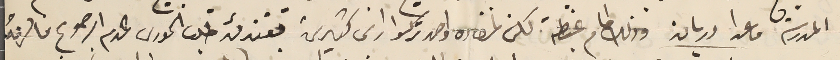
المدرسَة ما عدا دريان وذلل امام غبطته لكن لمفاده واحد تركوا راى كثيرين وقتئدئد طلب الخورى عدم الرجوع فالزمهُ